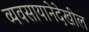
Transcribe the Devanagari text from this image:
व्यवसायानेदेखील